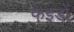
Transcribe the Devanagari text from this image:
फेइडों